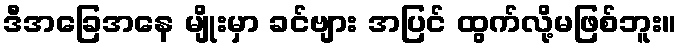
ဒီအခြေအနေ မျိုးမှာ ခင်ဗျား အပြင် ထွက်လို့မဖြစ်ဘူး။